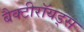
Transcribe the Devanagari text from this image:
बैक्टीरॉयड्स